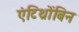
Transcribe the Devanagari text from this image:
एंटिथ्रोंबिन